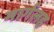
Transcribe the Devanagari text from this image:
मार्गलह